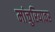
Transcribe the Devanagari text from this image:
मांचुरियावर